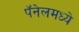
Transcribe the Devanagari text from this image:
पॅनेलमध्ये